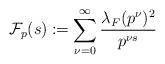
LaTeX: \begin{align*}\mathcal{F}_{p}(s) \coloneqq\sum_{\nu=0}^{\infty} \frac{\lambda_F(p^\nu)^2}{p^{\nu s}}\end{align*}